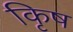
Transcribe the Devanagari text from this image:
कृिष